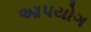
આપયોગ